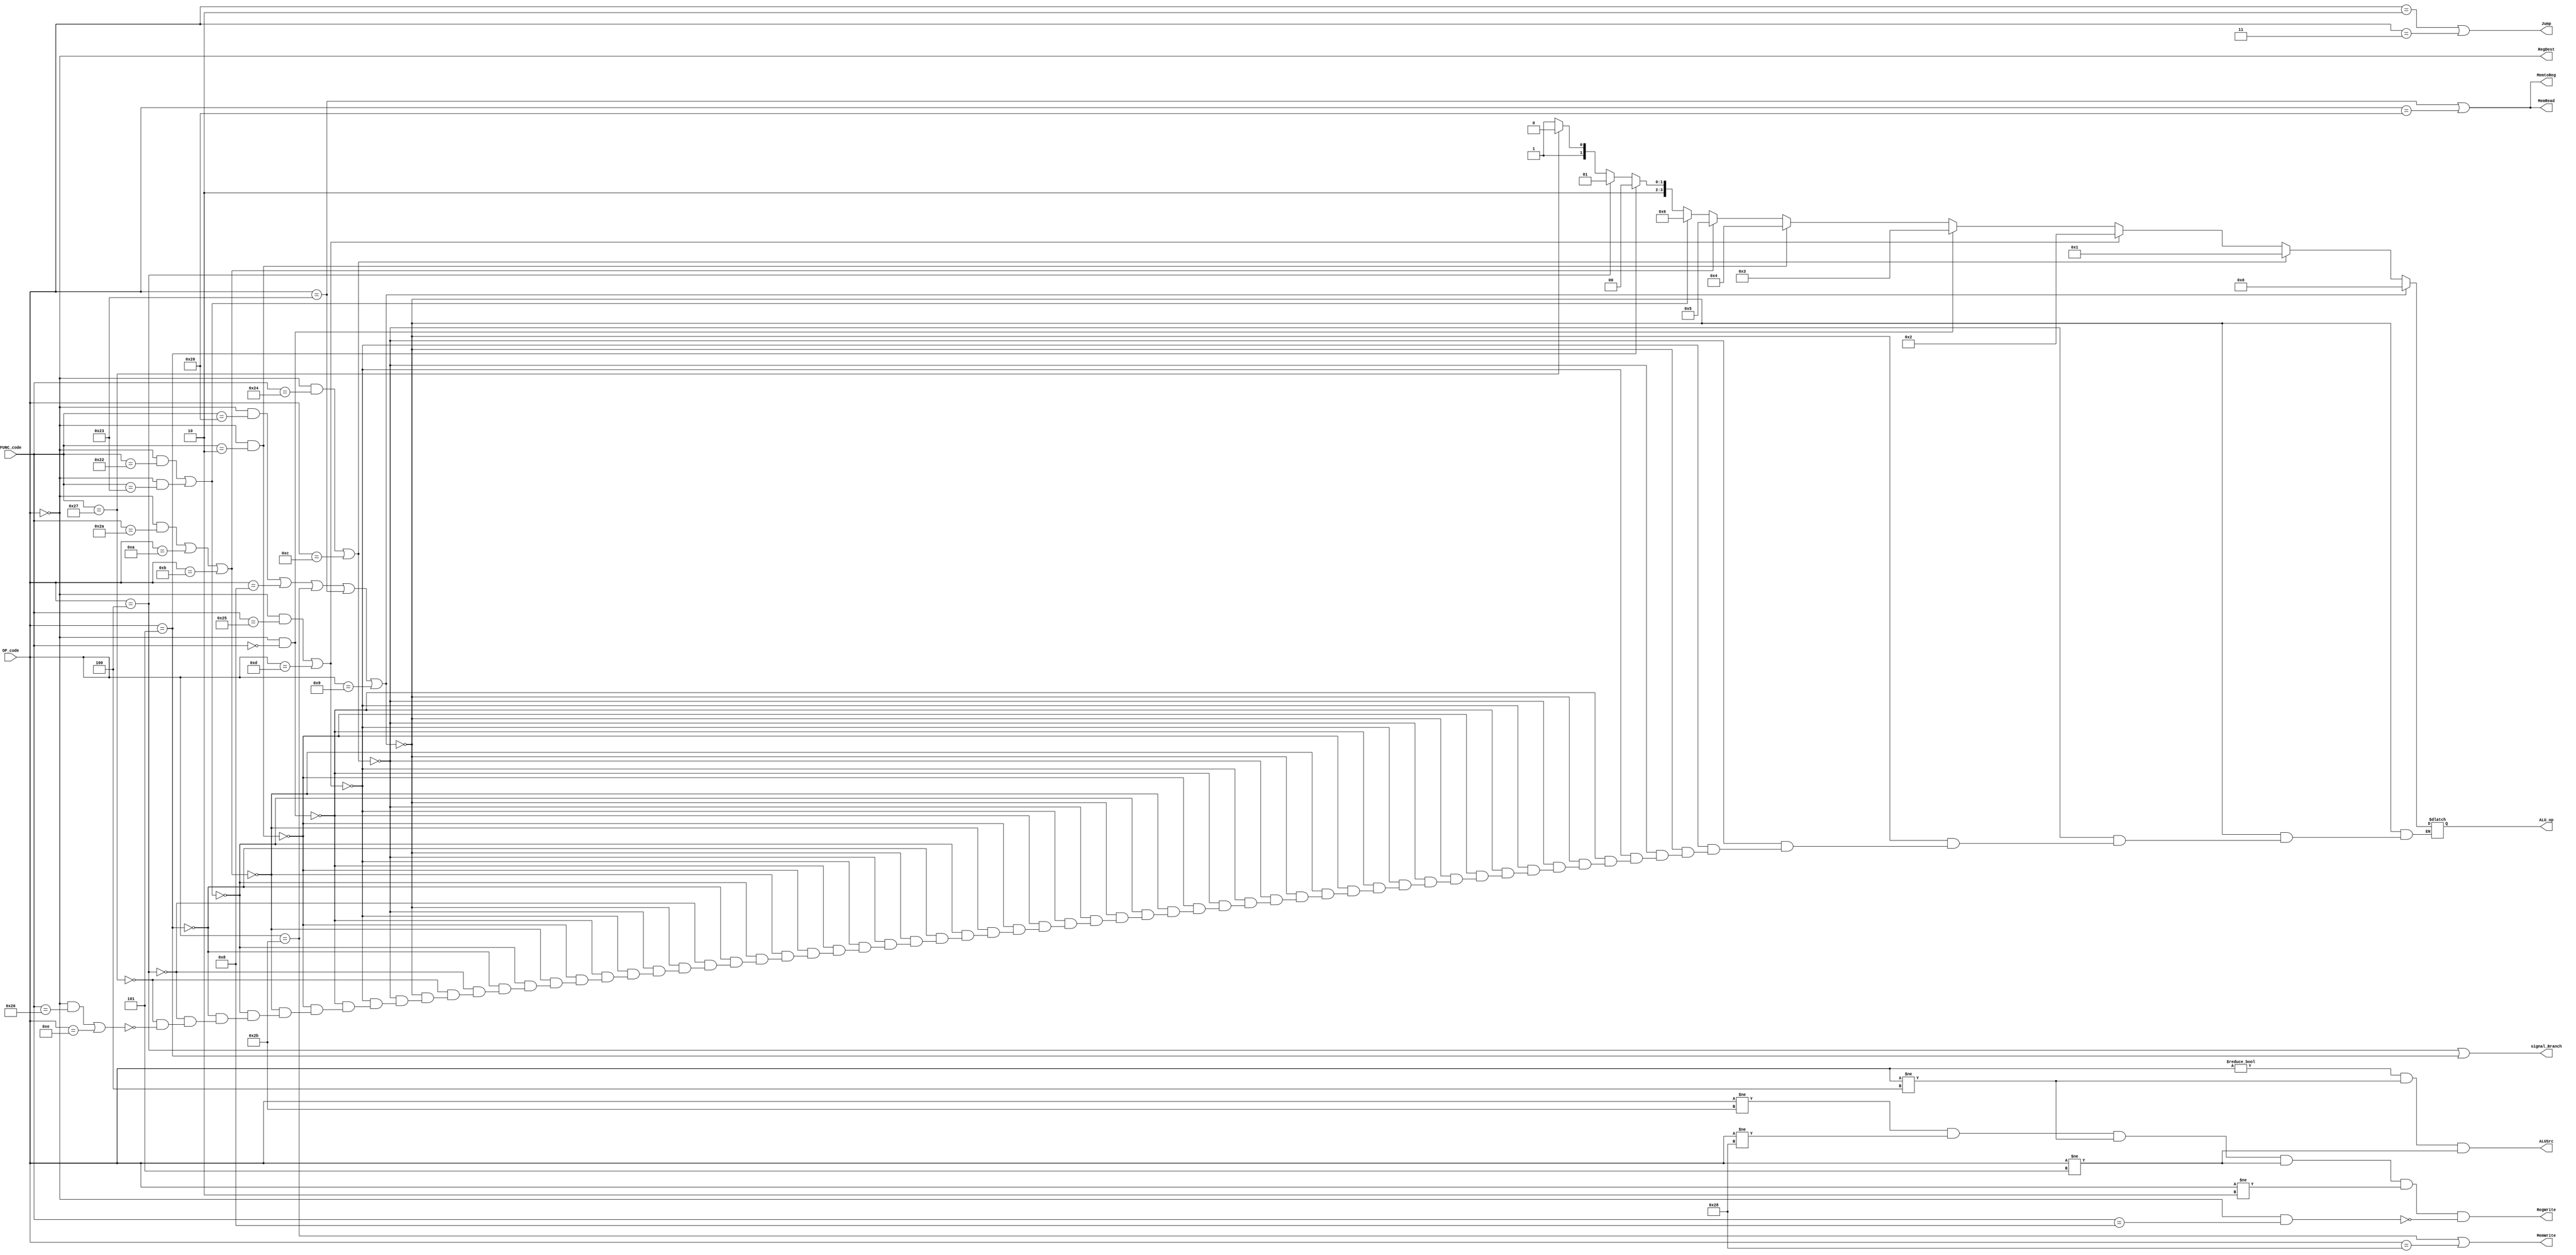
/*gelen opcode ve functioncoduna gre data path de kullanlacak sinyaleri retir.*/
module control(
OP_code,
FUNC_code,
signal_Branch,
ALU_op,
RegWrite,
ALUSrc,
RegDest,
MemtoReg,
MemRead,
MemWrite,
Jump);

input [5:0]OP_code,FUNC_code;

output [3:0] ALU_op;
output RegWrite,ALUSrc,RegDest,MemtoReg,MemRead,MemWrite,Jump,signal_Branch;

reg [3:0]tmp_ALUop;

assign RegWrite = (OP_code != 6'b101011)&& 	
						(OP_code != 6'b101000)&&	
						(OP_code != 6'b000100)&&	
						(OP_code != 6'b000101)&&	
						(OP_code != 6'b000010)&&	
						(!((OP_code==6'd0) &&  (FUNC_code==6'b001000)));	//sw-//sb-//beq-//bne-//j-//jr

assign ALUSrc = (OP_code!=6'b000000)&&
					 (OP_code!=6'b000100)&&
					 (OP_code!=6'b000101);
assign RegDest = (OP_code==6'b000000);
assign MemtoReg = (OP_code==6'b100011)||	
						(OP_code==6'b100000);	//lw-//lb;

assign MemRead = (OP_code==6'b100011)||	
						(OP_code==6'b100000);	//lw-//lb
						
assign MemWrite = (OP_code==6'b101011)|| 	
						(OP_code==6'b101000); 	//sw-//sb
						
assign signal_Branch = (OP_code == 6'b000100)||	
					 (OP_code == 6'b000101);		//beq-//bne;
assign Jump = (OP_code==6'b000010)||
				  (OP_code==6'b000011);				//j-//jal

					 
					 
always @(*) begin

if((OP_code==6'b0 && FUNC_code==6'b100000)|| 
	(OP_code==6'b001000)||		
	(OP_code == 6'b101011)||
	(OP_code==6'b100011)||(OP_code==6'b001001))	//add-//addi-//sw-//lw-//*addiu
	tmp_ALUop=4'b0000;//0
	
else if((OP_code==6'b0 && FUNC_code==6'b100100)||	
		  (OP_code==6'b001100))		//and-//andi
	tmp_ALUop=4'b0001;//1
	
else if((OP_code==6'b0 && FUNC_code==6'b100101)||
			(OP_code==6'b001101))	//or-//ori
	tmp_ALUop=4'b0010;//2
	
else if((OP_code==6'b0 && FUNC_code==6'b0))//sll
	tmp_ALUop=4'b0011;//3
	
else if((OP_code==6'b0 && FUNC_code==6'b000010))//srl
	tmp_ALUop=4'b0100;//4
	
else if((OP_code==6'b0 && FUNC_code==6'b101010)||
		  (OP_code==6'b001010)||(OP_code==6'b001011))//slt-//slti-//*sltiu
	tmp_ALUop=4'b0101;//5
	
else if((OP_code==6'b0 && FUNC_code==6'b100010)||
		  (OP_code==6'b0 && FUNC_code==6'b100011))//sub-//*subu
	tmp_ALUop=4'b0110;//6
	
else if(OP_code==6'b000101)//bne
	tmp_ALUop=4'b1000;//8
	
else if(OP_code==6'b000100)//beq
	tmp_ALUop=4'b1001;//9

else if(FUNC_code==6'b100111)//*nor
	tmp_ALUop=4'b1010;//10
	
else if((OP_code==6'b0 && FUNC_code==6'b100110)||
		  (OP_code==6'b001110))//*xor-//*xori
	tmp_ALUop=4'b1011;//11
end

assign ALU_op=tmp_ALUop;

endmodule